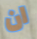
ان